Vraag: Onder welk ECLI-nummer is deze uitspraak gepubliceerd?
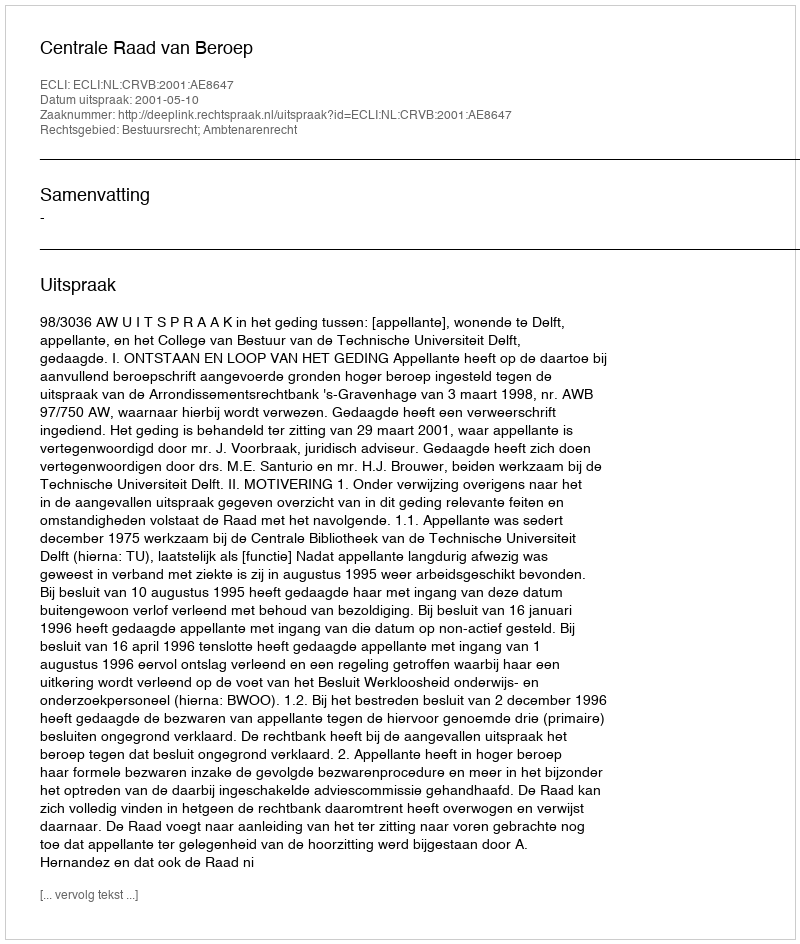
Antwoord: ECLI:NL:CRVB:2001:AE8647